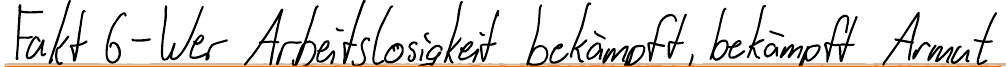
Fakt 6 - Wer Arbeitslosigkeit bekämpft, bekämpft Armut